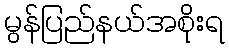
မွန်ပြည်နယ်အစိုးရ